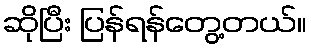
ဆိုပြီး ပြန်ရန်တွေ့တယ်။